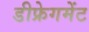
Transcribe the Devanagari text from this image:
डीफ्रेगमेंट